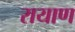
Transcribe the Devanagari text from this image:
रायाण